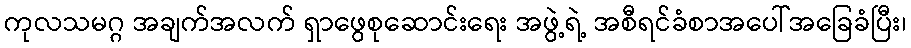
ကုလသမဂ္ဂ အချက်အလက် ရှာဖွေစုဆောင်းရေး အဖွဲ့ရဲ့ အစီရင်ခံစာအပေါ်အခြေခံပြီး၊